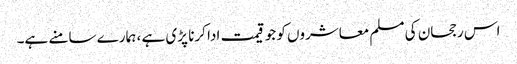
اس رجحان کی مسلم معاشروں کو جو قیمت ادا کرنا پڑی ہے ، ہمارے سامنے ہے۔